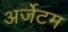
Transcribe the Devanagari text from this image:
अर्जेटम